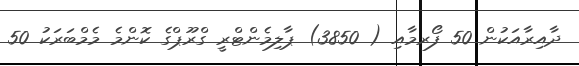
ދާއިރާއަކުން 50 ފޯރމާއި ( 3850) ޕާލިމެންޓްރީ ގްރޫޕްގެ ކޮންމެ މެމްބަރަކު 50